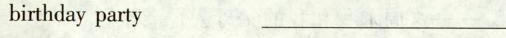
birthdayparty_________